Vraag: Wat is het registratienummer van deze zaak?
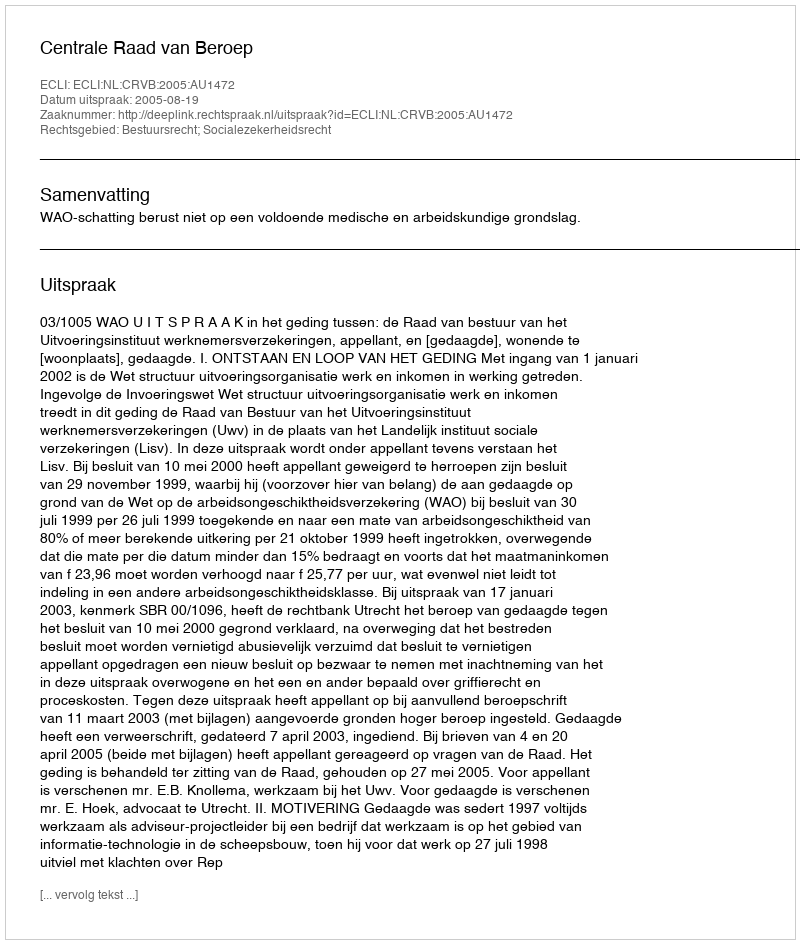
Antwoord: http://deeplink.rechtspraak.nl/uitspraak?id=ECLI:NL:CRVB:2005:AU1472